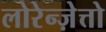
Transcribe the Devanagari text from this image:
लोरेन्ज़ेत्तो